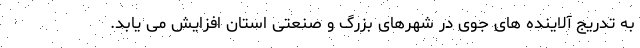
به تدریج آلاینده های جوی در شهرهای بزرگ و صنعتی استان افزایش می یابد.